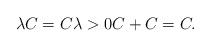
LaTeX: \begin{align*}\lambda C = C \lambda > 0 C+C=C.\end{align*}